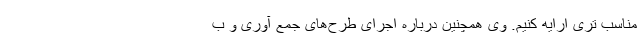
مناسب تری ارایه کنیم. وی همچنین درباره اجرای طرح‌های جمع آوری و ب